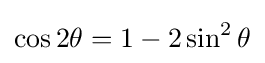
\cos {2\theta }=1-2\sin ^{2}{\theta }